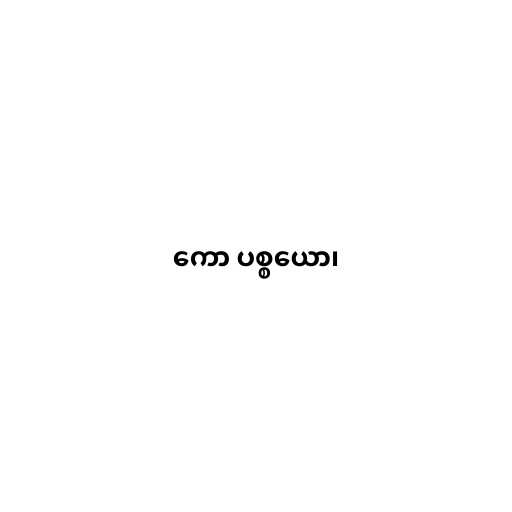
ကော ပစ္စယော၊